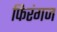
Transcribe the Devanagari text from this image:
फिरंगज